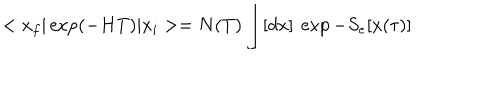
LaTeX: < x _ { f } \vert \exp ( - H T ) \vert x _ { i } > = N ( T ) \int [ d x ] \ \exp - S _ { e } [ x ( \tau ) ]